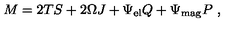
M = 2 T S + 2 \Omega J + \Psi _ { \mathrm { e l } } Q + \Psi _ { \mathrm { m a g } } P \ ,